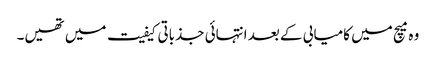
وہ میچ میں کامیابی کے بعد انتہائی جذباتی کیفیت میں تھیں۔